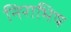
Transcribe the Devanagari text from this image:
निराभिष